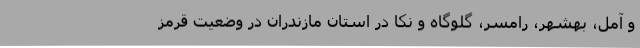
و آمل، بهشهر، رامسر، گلوگاه و نکا در استان مازندران در وضعیت قرمز